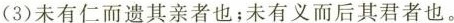
(3)未有仁而遗其亲者也；未有义而后其君者也。